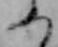
ふ